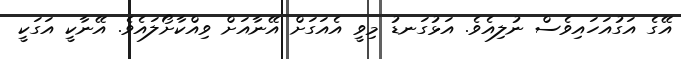
އޭގެ އަގުއަހައިވެސް ނުލިއެވެ. އަޅުގަނޑު މިވީ އެއަގަށް އޭނާއަށް ވިއްކާށޯލައެވެ. އޭނާކީ އަގަކީ